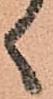
ゝ